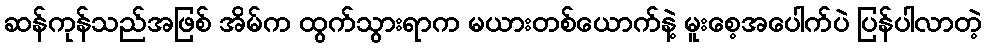
ဆန်ကုန်သည်အဖြစ် အိမ်က ထွက်သွားရာက မယားတစ်ယောက်နဲ့ မူးစေ့အပေါက်ပဲ ပြန်ပါလာတဲ့